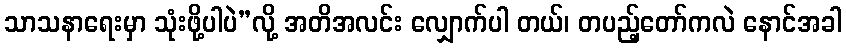
သာသနာရေးမှာ သုံးဖို့ပါပဲ”လို့ အတိအလင်း လျှောက်ပါ တယ်၊ တပည့်တော်ကလဲ နောင်အခါ